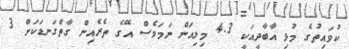
ކުވައިތުގެ މުޅި އާބާދީއަކީ 4.3 މިލިއަން ނަމަވެސް އޭގެ ތެރެއިން ގާތްގަނޑަކަށް 3